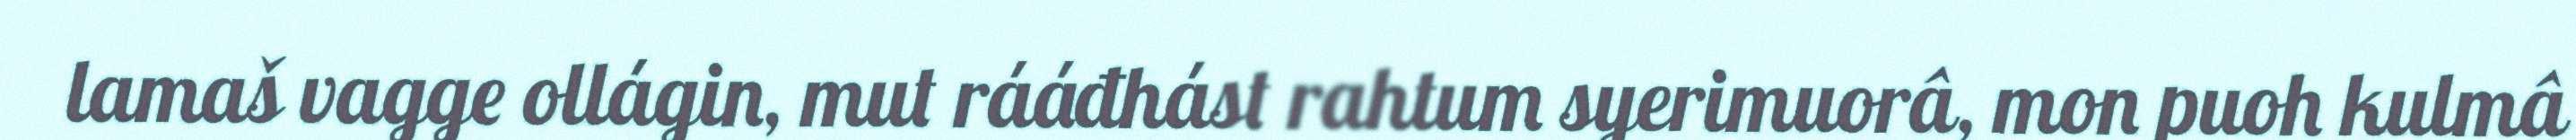
lamaš vagge ollágin, mut rááđhást rahtum syerimuorâ, mon puoh kulmâ